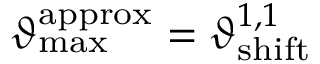
\vartheta _ { \mathrm { m a x } } ^ { \mathrm { a p p r o x } } = \vartheta _ { \mathrm { s h i f t } } ^ { 1 , 1 }